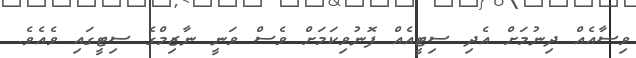
ވިސާއެއް ދިނުމަށް އެދި ސިޓީއެއް ފޮނުވިކަމަށް ވެސް ވަނީ ނާޒިމްގެ ސިޓީގައި ވެއެވެ.